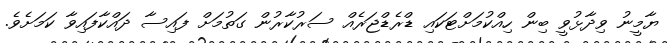
ޔާމީނު ވިދާޅުވީ ބިން ހިއްކުމަށްޓަކައި ޑްރެޑްޖަރެއް ސަރުކާރުން ގަތުމަށް ފައިސާ ދައްކާފައިވާ ކަމަށެވެ.